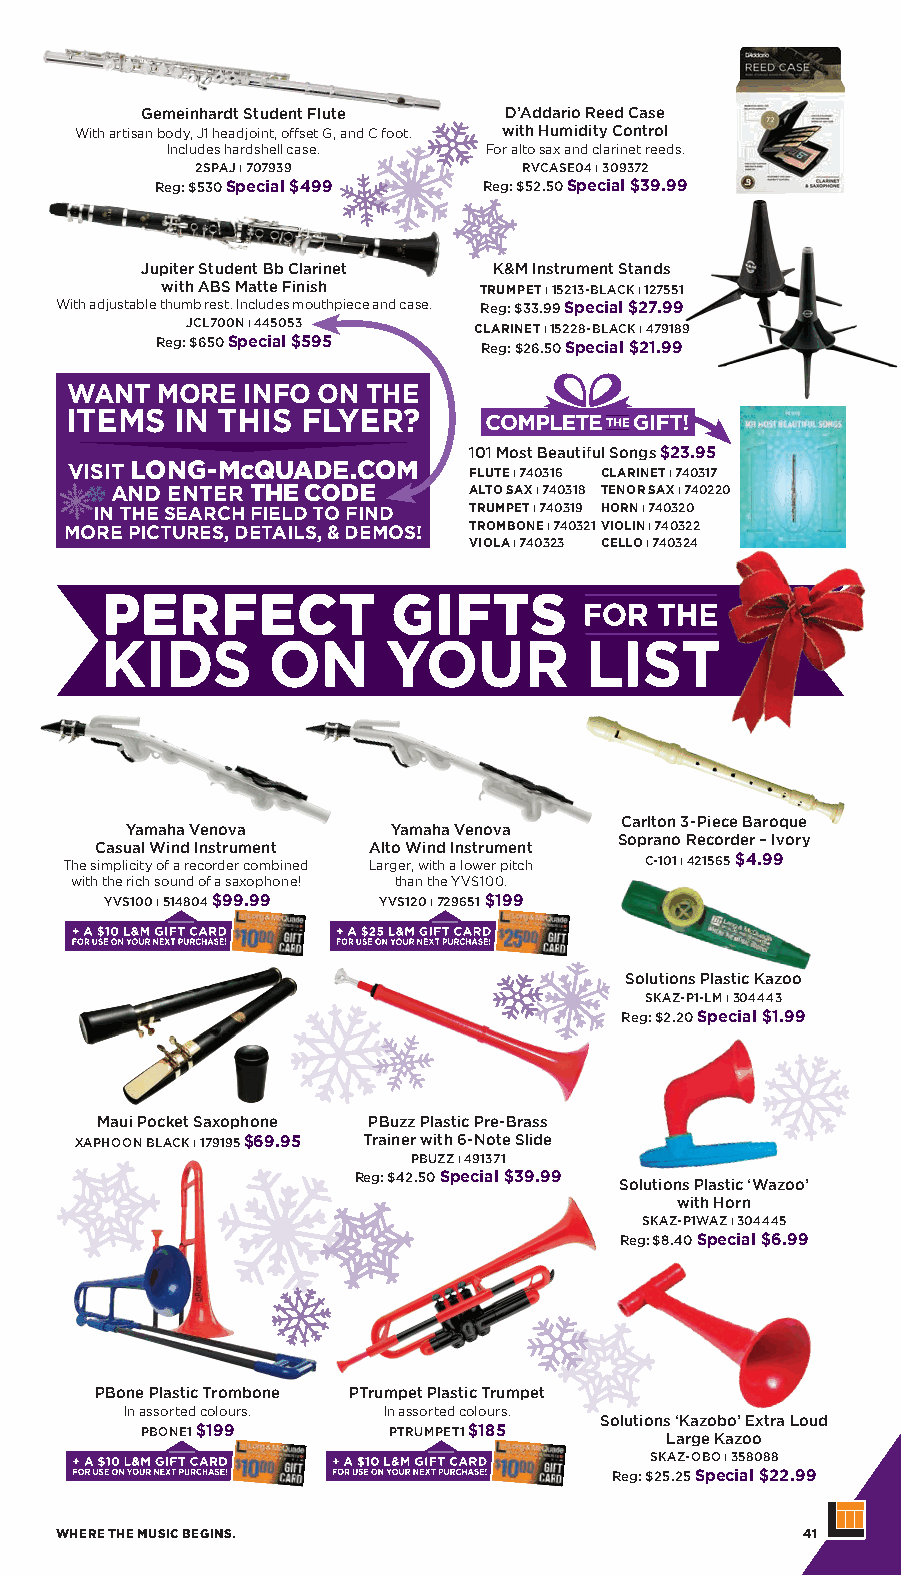
Gemeinhardt Student Flute D’Addario Reed Case
 With artisan body, J1 headjoint, offset G, and C foot. with Humidity Control
 Includes hardshell case. For alto sax and clarinet reeds.
 2SPAJ ı 707939        RVCASE04 ı 309372
 Reg: $530 Special $499 Reg: $52.50 Special $39.99
 Jupiter Student Bb Clarinet K&M Instrument Stands
 with ABS Matte Finish TRUMPET ı 15213-BLACK ı 127551
 With adjustable thumb rest. Includes mouthpiece and case. Reg: $33.99 Special $27.99
 JCL700N ı 445053   CLARINET ı 15228-BLACK ı 479189
 Reg: $650 Special $595 Reg: $26.50 Special $21.99
 WANT  MORE  INFO ON THE
 ITEMS  IN THIS  FLYER?
 101 Most Beautiful Songs $23.95
 VISIT LONG-McQUADE.COM     FLUTE ı 740316 CLARINET ı 740317
 AND ENTER THE CODE      ALTO SAX ı 740318 TENOR SAX ı 740220
 IN THE SEARCH FIELD TO FIND TRUMPET ı 740319 HORN ı 740320
 MORE PICTURES, DETAILS, & DEMOS! TROMBONE ı 740321 VIOLIN ı 740322
 VIOLA ı 740323 CELLO ı 740324
 Carlton 3-Piece Baroque
 Yamaha Venova     Yamaha Venova
 Soprano Recorder – Ivory
 Casual Wind Instrument Alto Wind Instrument
 The simplicity of a recorder combined Larger, with a lower pitch C-101 ı 421565 $4.99
 with the rich sound of a saxophone! than the YVS100.
 YVS100 ı 514804 $99.99 YVS120 ı 729651 $199
 Solutions Plastic Kazoo
 SKAZ-P1-LM ı 304443
 Reg: $2.20 Special $1.99
 Maui Pocket Saxophone PBuzz Plastic Pre-Brass
 XAPHOON BLACK ı 179195 $69.95 Trainer with 6-Note Slide
 PBUZZ ı 491371
 Reg: $42.50 Special $39.99 Solutions Plastic ‘Wazoo’
 with Horn
 SKAZ-P1WAZ ı 304445
 Reg: $8.40 Special $6.99
 PBone Plastic Trombone PTrumpet Plastic Trumpet
 In assorted colours. In assorted colours.
 Solutions ‘Kazobo’ Extra Loud
 PBONE1 $199      PTRUMPET1 $185    Large Kazoo
 SKAZ-OBO ı 358088
 Reg: $25.25 Special $22.99
 WHERE THE MUSIC BEGINS.                          41